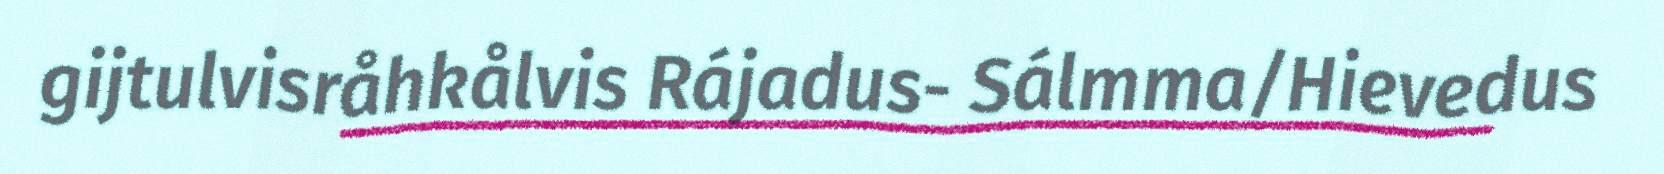
gijtulvisråhkålvis Rájadus- Sálmma/Hievedus